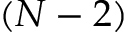
( N - 2 )